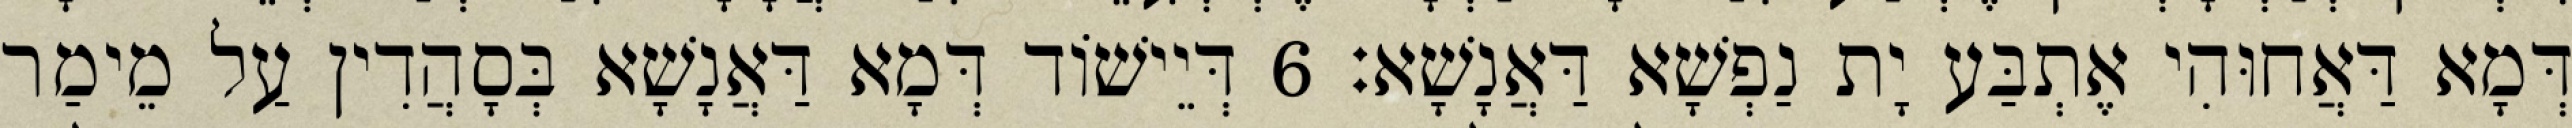
דְּמָא דַּאֲחוּהִי אֶתְבַּע יָת נַפְשָׁא דַּאֲנָשָׁא׃ 6 דְּיֵישׁוֹד דְּמָא דַּאֲנָשָׁא בְּסָהֲדִין עַל מֵימַר